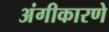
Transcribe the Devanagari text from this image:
अंगीकारणे